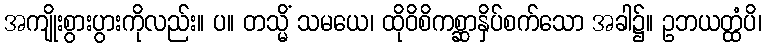
အကျိုးစွားပွားကိုလည်း။ ပ။ တသ္မိံ သမယေ၊ ထိုဝိစိကစ္ဆာနှိပ်စက်သော အခါ၌။ ဥဘယတ္ထံပိ၊